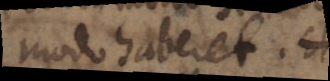
modo haberet. Et